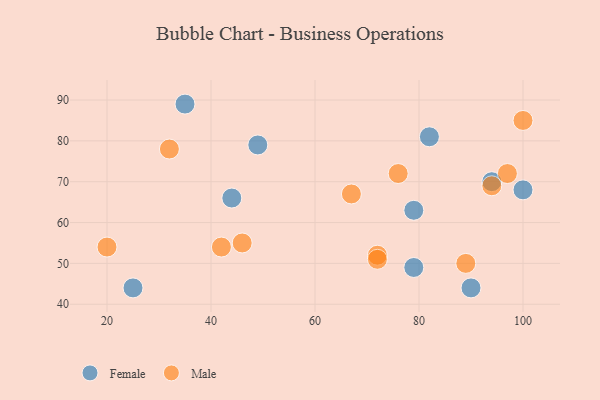
{"axis": {"x": "GDP", "y": "Life Expectancy"}, "legend": ["Female", "Male"], "data": [{"x": "100", "y": 68, "type": "Female"}, {"x": "35", "y": 89, "type": "Female"}, {"x": "79", "y": 49, "type": "Female"}, {"x": "44", "y": 66, "type": "Female"}, {"x": "25", "y": 44, "type": "Female"}, {"x": "90", "y": 44, "type": "Female"}, {"x": "79", "y": 63, "type": "Female"}, {"x": "49", "y": 79, "type": "Female"}, {"x": "94", "y": 70, "type": "Female"}, {"x": "82", "y": 81, "type": "Female"}, {"x": "42", "y": 54, "type": "Male"}, {"x": "20", "y": 54, "type": "Male"}, {"x": "46", "y": 55, "type": "Male"}, {"x": "76", "y": 72, "type": "Male"}, {"x": "72", "y": 52, "type": "Male"}, {"x": "32", "y": 78, "type": "Male"}, {"x": "94", "y": 69, "type": "Male"}, {"x": "89", "y": 50, "type": "Male"}, {"x": "100", "y": 85, "type": "Male"}, {"x": "97", "y": 72, "type": "Male"}, {"x": "72", "y": 51, "type": "Male"}, {"x": "67", "y": 67, "type": "Male"}]}